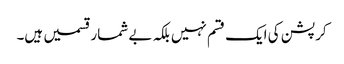
کرپشن کی ایک قسم نہیں بلکہ بے شمار قسمیں ہیں۔